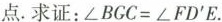
点。求证：$$B^{\prime}GC=\angle FD^{\prime}E$$。